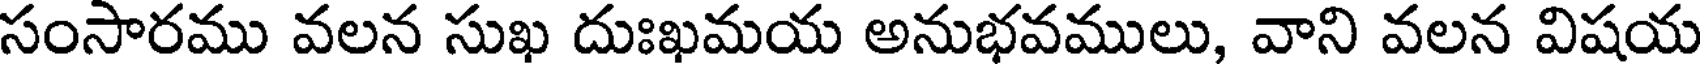
సంసారము వలన సుఖ దుఃఖమయ అనుభవములు, వాని వలన విషయ